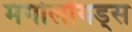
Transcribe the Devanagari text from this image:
मंगोलॉयड्स